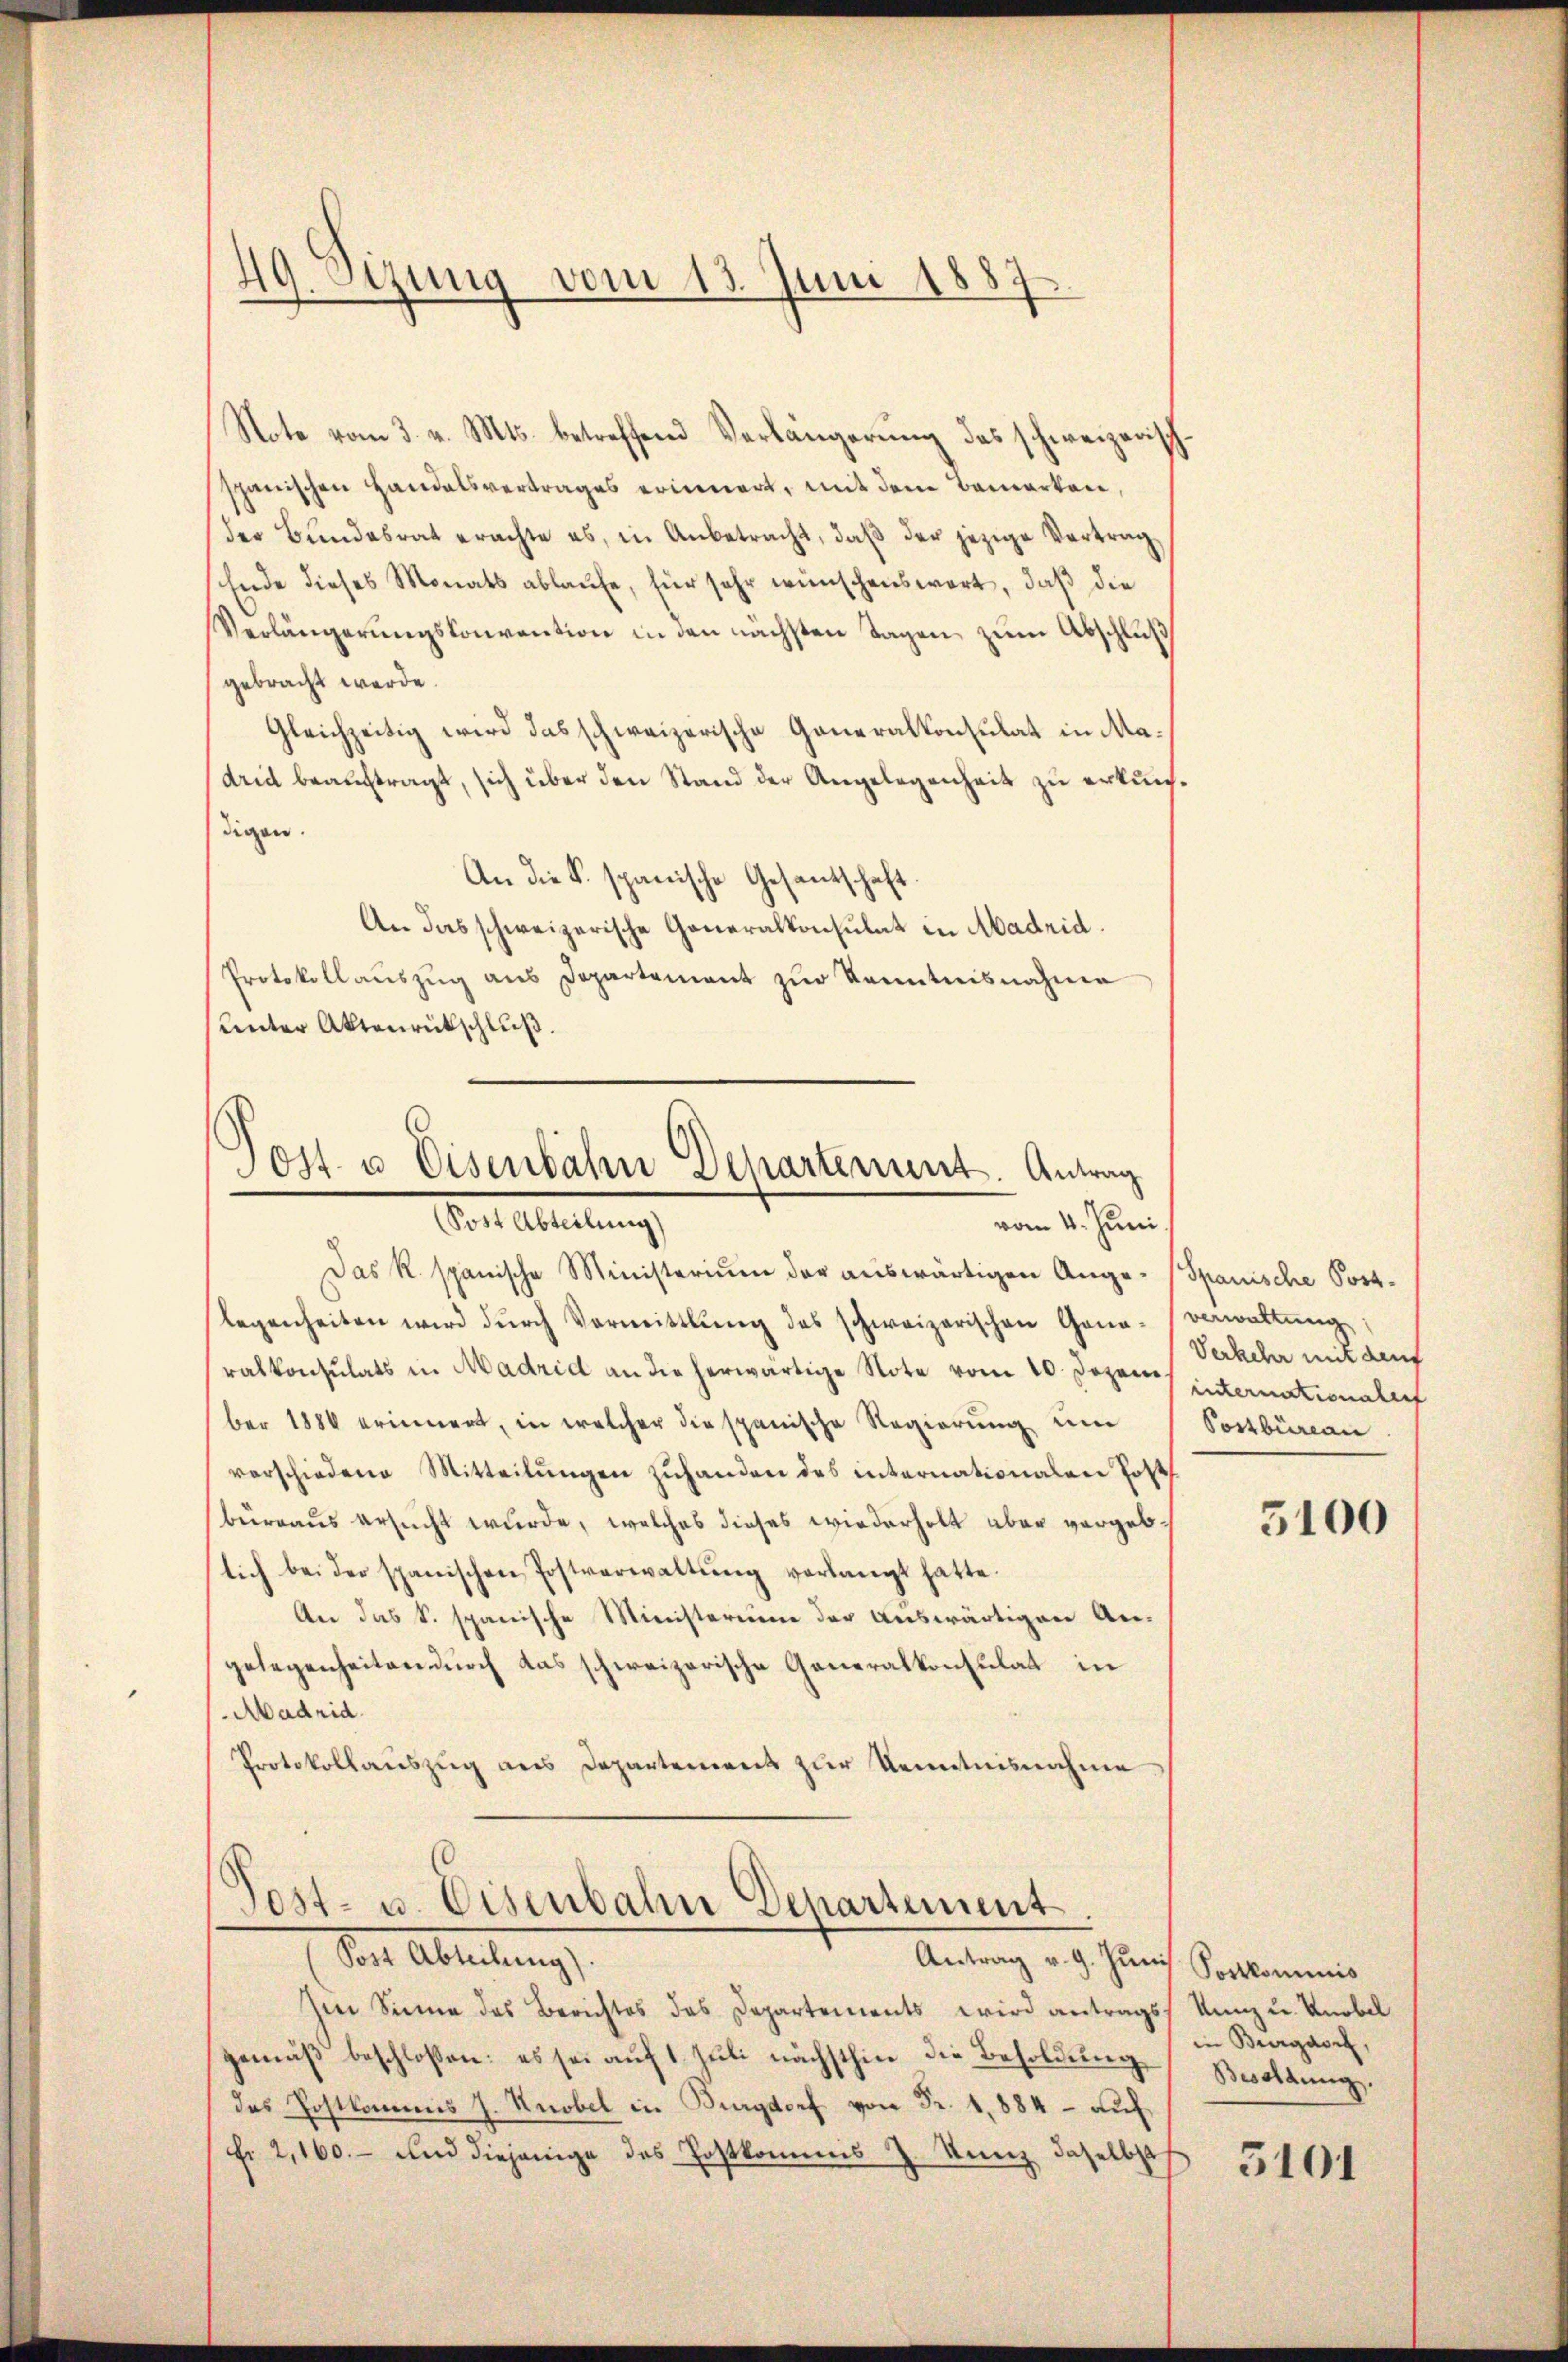
49. Sizung vom 13. Juni 1887

Note vom 3. v. Mts. betreffend Verlängerung das schweizerisch
spanischen Handelsvertrages erinnert, mit dem Bemerken,
der Bŭndesrat erachte es, in Anbetracht, daβ der jezige Vertrag
Ende dieses Monats ablaufe, für sehr wünschenswert, daß die
Verlängerungskonvention in den nächsten Tagen zum Abschluß
gebracht werde.
Gleichzeitig wird das schweizerische Generalkonsulat in Madrid beauftragt, sich über den Stand der Angelegenheit zu erkunf
digen.
An die S. spanische Gesantschaft.
An das schweizerische Generalkonsulat in Madrid.
Protokollauszug aus Departement zur Kenntnisnahme
unter Aktenrückschluß.
Post u. Eisenbahn Departement. Antrag
(Post Abteilung)
vom 4. Juni.
Das R. spanische Ministerium der auswärtigen Angelegenheiten wird dŭrch Vormittlung des schweizerischen Gona-
ralkonsulats in Madrid an die herwärtige Note vom 10. Jezens internationalen
ber 1886 erinnert, in welcher die spanische Regierung um
verschiedene Mitteilŭngen zŭhanden des internationalen Jos
büreaus ersucht wurde, welches dieses wiederholt aber vergeblich bei der spanischen Postverwaltŭng verlangt hatte.
An das S. spanische Ministerium der auswärtigen Angelegenheiten durch das schweizerische Generalkonsulat in
Madrid
Protokollaŭszŭg ans Departement zur Kenntnisnahme

Post- u. Eisenbahn Departement
Sorte Abteilung
Antrag v. 9. Jŭnis. Fortkommnis

Im Sinne das Berichtes das Departements wird antrags Kunz u. Knobel
gemäß beschloßen: es sei auf 1. Juli nächsthin die Besoldung Bwoldung.

Spanische Post.
verwaltung
Verkehr mit dem
Postbureau

des Postkommis J. Knobel in Burgdorf von Fr. 1884 - auf
Fr. 2,100.- und diejenige des Postkommis J. Kunz daselbst

5100

5101

in Burgdorf,